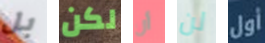
بل لكن أن لن أول